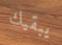
يبقيك